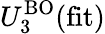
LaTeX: U_{3}^{\mathrm{BO}}(\mathrm{fit})